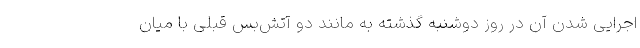
اجرایی شدن آن در روز دوشنبه گذشته به مانند دو آتش‌بس قبلی با میان